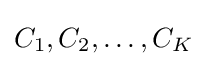
C_{1},C_{2},\dots ,C_{K}